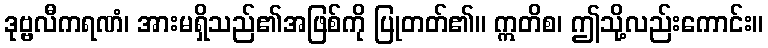
ဒုဗ္ဗလီကရဏံ၊ အားမရှိသည်၏အဖြစ်ကို ပြုတတ်၏။ ဣတိစ၊ ဤသို့လည်းကောင်း။